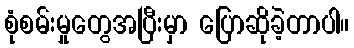
စုံစမ်းမှုတွေအပြီးမှာ ပြောဆိုခဲ့တာပါ။